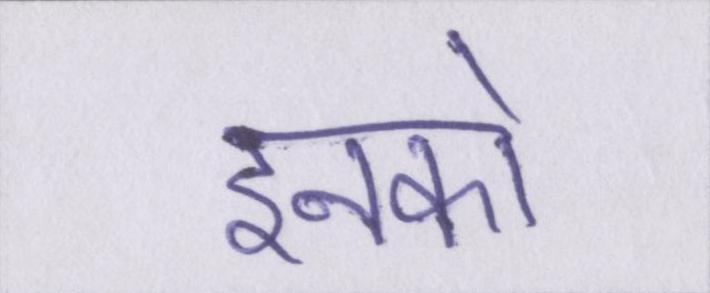
इनको